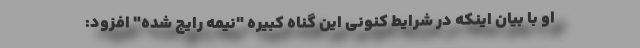
او با بیان اینکه در شرایط کنونی این گناه کبیره "نیمه رایج شده" افزود: